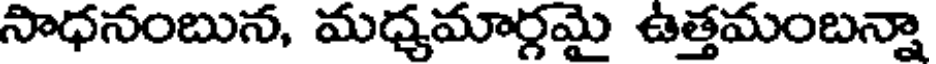
సాధనంబున, మధ్యమార్గమై ఉత్తమంబన్నా